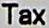
TAX